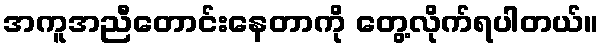
အကူအညီတောင်းနေတာကို တွေ့လိုက်ရပါတယ်။